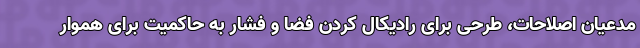
مدعیان اصلاحات، طرحی برای رادیکال کردن فضا و فشار به حاکمیت برای هموار